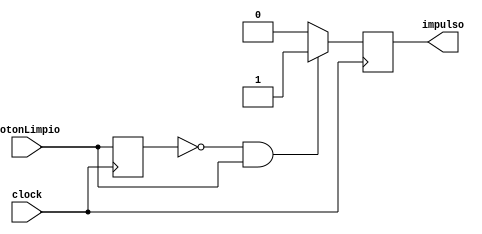
`timescale 1ns / 1ps
//////////////////////////////////////////////////////////////////////////////////
// Company: 
// Engineer: 
// 
// Design Name: 
// Module Name:    PulsoAImpulso 
// Project Name: 
// Target Devices: 
// Tool versions: 
// Description: 
//
// Dependencies: 
//
// Revision: 
// Revision 0.01 - File Created
// Additional Comments: 
//
//////////////////////////////////////////////////////////////////////////////////
module pulsoAImpulso(clock,botonLimpio,impulso);

input clock,botonLimpio;
output reg impulso;

reg valorAntiguo=0;
reg valorNuevo=0;

always@(negedge clock)begin
				
				if((valorAntiguo==0)&&(botonLimpio==1))begin 
					impulso<=1; valorAntiguo <= botonLimpio;end
				else begin impulso<=0; valorAntiguo <= botonLimpio;valorNuevo<=0;end
				   
end

endmodule